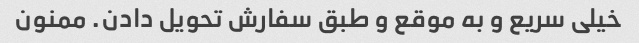
خیلی سریع و به موقع و طبق سفارش تحویل دادن. ممنون